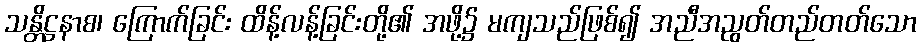
သန္တိဋ္ဌနာစ၊ ကြောက်ခြင်း ထိန့်လန့်ခြင်းတို့၏ အဖို့၌ မကျသည်ဖြစ်၍ အညီအညွတ်တည်တတ်သော